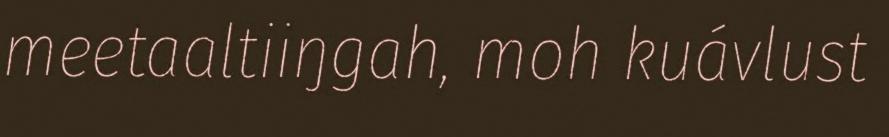
meetaaltiiŋgah, moh kuávlust